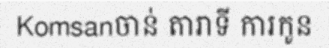
Komsanចាន់ តារាទី ការកូន